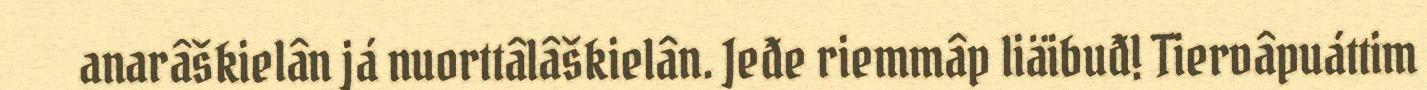
anarâškielân já nuorttâlâškielân. Jeđe riemmâp liäibuđ! Tiervâpuáttim